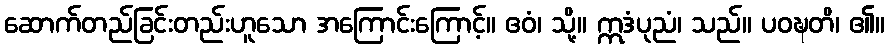
ဆောက်တည်ခြင်းတည်းဟူသော အကြောင်းကြောင့်။ ဧဝံ၊ သို့။ ဣဒံပုညံ၊ သည်။ ပဝဍ္ဎတိ၊ ၏။